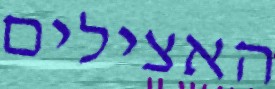
האצילים